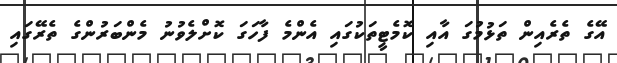
އޭގެ ތެރެއިން ތަޅުމުގަ އާއި ކޮމެޓީތަކުގައި އެންމެ ފާހަގަ ކޮށްލެވުނު މެންބަރުންގެ ތެރޭގައި